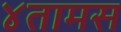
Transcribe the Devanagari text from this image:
४तामस